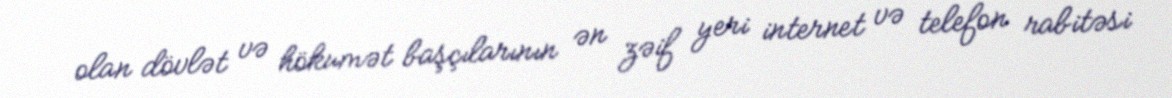
olan dövlət və hökumət başçılarının ən zəif yeri internet və telefon rabitəsi